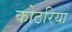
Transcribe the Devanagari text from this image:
कोठरिया